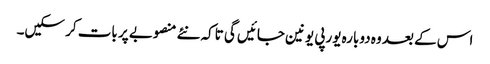
اس کے بعد وہ دوبارہ یورپی یونین جائیں گی تاکہ نئے منصوبے پر بات کر سکیں۔